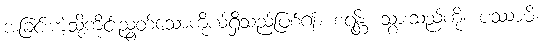
အခြင်းကဲ့သို့ကိုင်းညွတ်သောကိုယ်ရှိသည်ဖြစ်၍။ စရန္တိံ၊ သွားသည်ကို။ ပဿာမိ၊